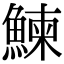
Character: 鰊